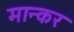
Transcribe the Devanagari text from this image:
मान्कर